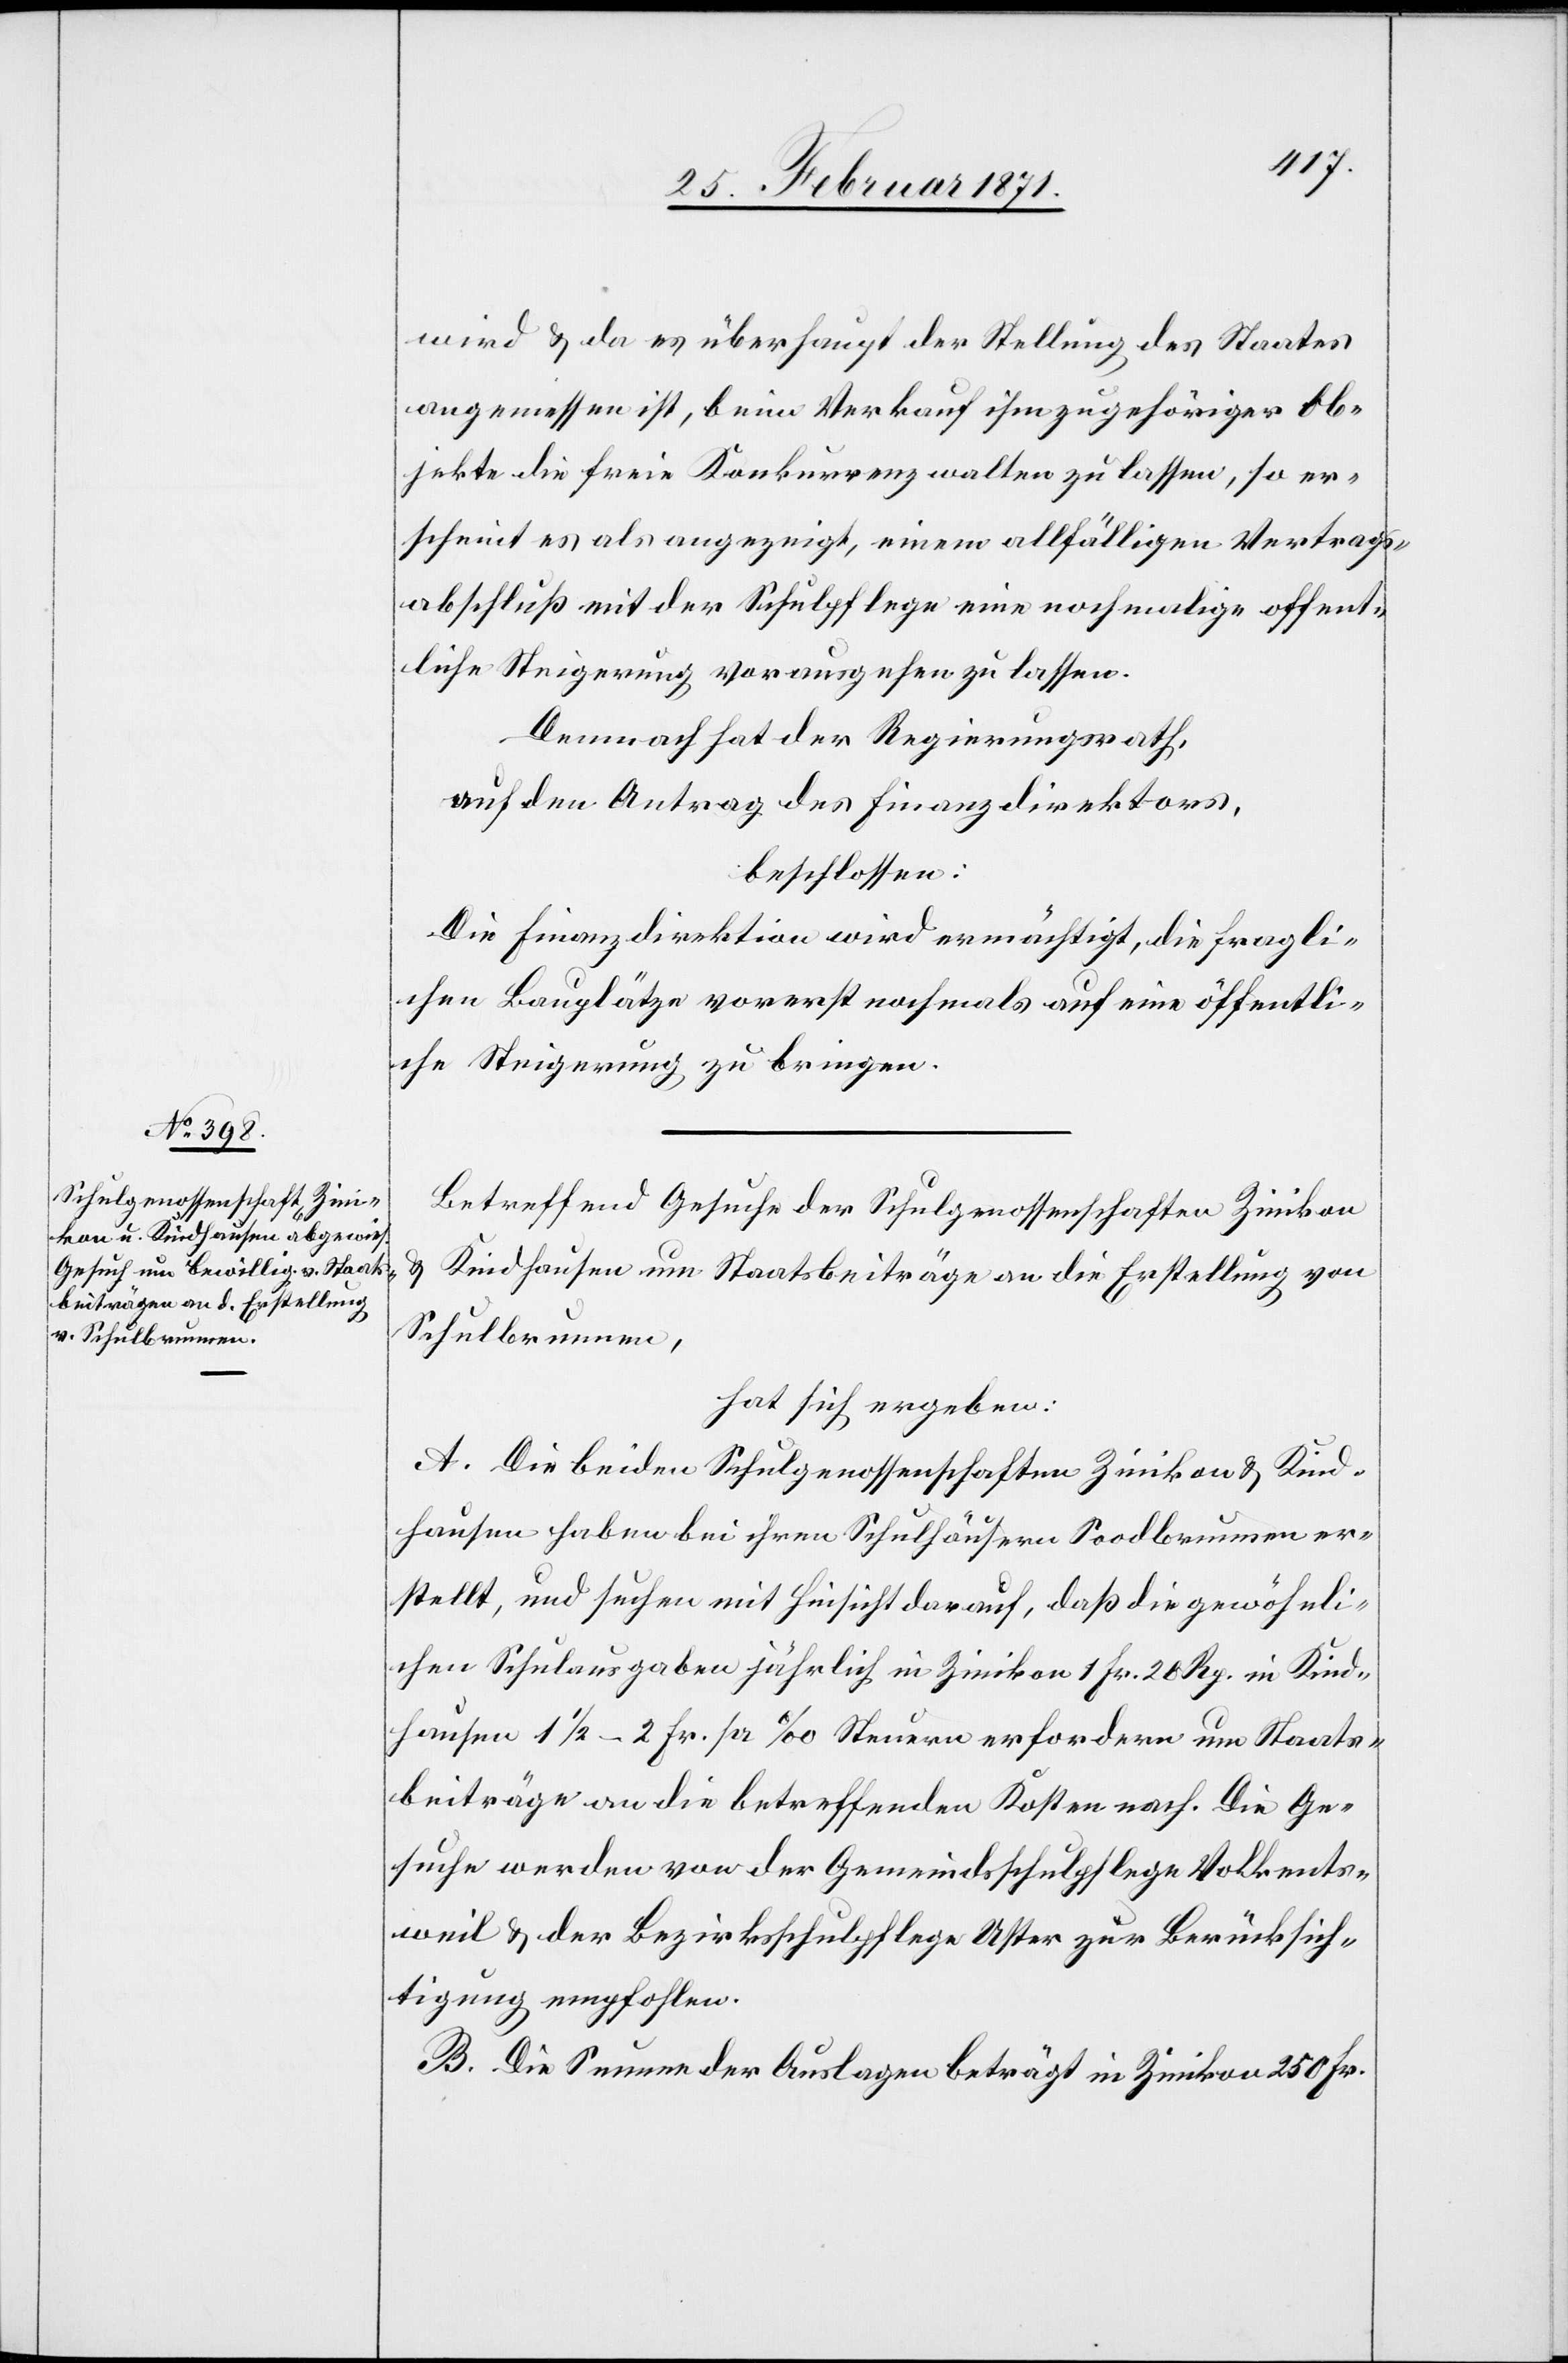
Betreffend Gesuche der Schulgenossenschaften Zinikon
u. Kindhausen um Staatsbeiträge an die Erstellung von
Schulbrunnen,
hat sich ergeben:
A. Die beiden Schulgenossenschaften Zinikon u. Kind¬
hausen haben bei ihren Schulhäusern Soodbrunnen er¬
stellt, und suchen mit Hinsicht darauf, daß die gewöhnli¬
chen Schulausgaben jährlich in Zinikon 1 Fr. 20 Rp. in Kind¬
hausen 1 ½–2 Fr. pr. ‰ Steuern erfordern um Staats¬
beiträge an die betreffenden Kosten nach. Die Ge¬
suche werden von der Gemeindschulpflege Volkents¬
weil u. der Bezirksschulpflege Uster zur Berücksich¬
tigung empfohlen.
B. Die Summe der Auslagen beträgt in Zinikon 250 Fr.